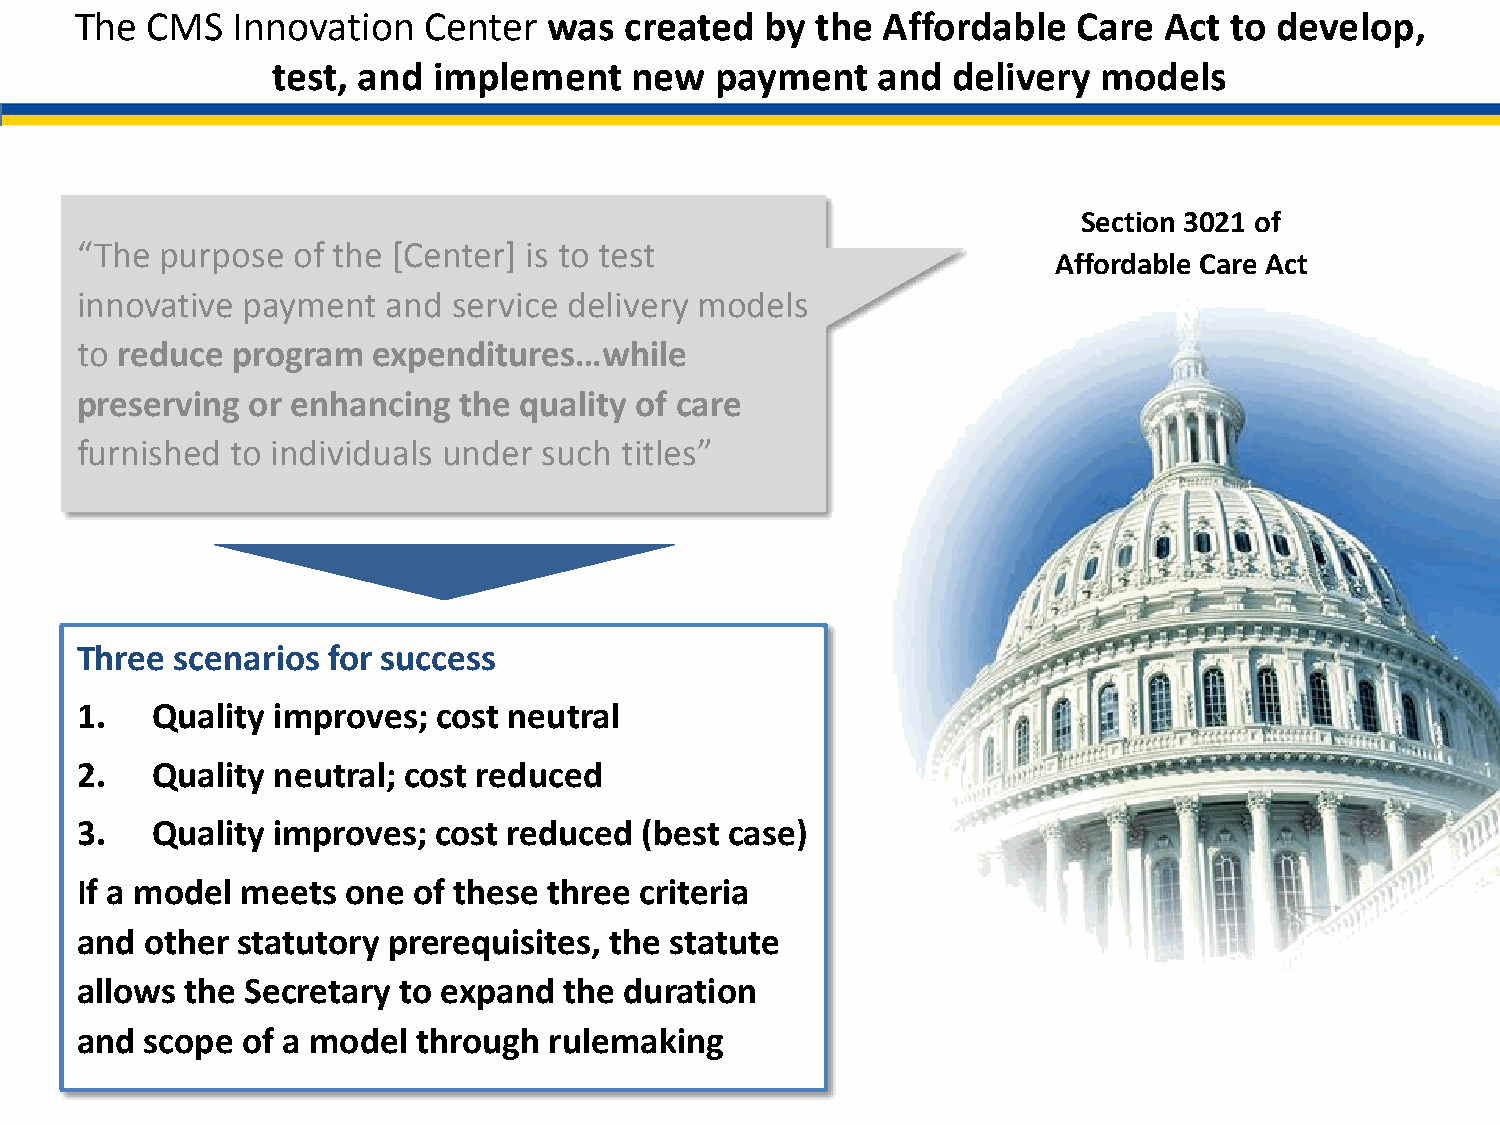
The  CMS  Innovation   Center  was  created   by the Affordable   Care  Act to develop,
 test, and  implement    new  payment    and  delivery  models
 Section 3021 of
 “The  purpose of the [Center] is to test
 Affordable Care Act
 innovative payment   and service delivery models
 to reduce program   expenditures…while
 preserving or enhancing  the quality of care
 furnished to individuals under such titles”
 Three  scenarios for success
 1.   Quality improves;  cost neutral
 2.   Quality neutral; cost reduced
 3.   Quality improves;  cost reduced  (best case)
 If a model meets  one of these three criteria
 and  other statutory prerequisites, the statute
 allows the Secretary to expand  the duration
 and  scope of a model  through rulemaking